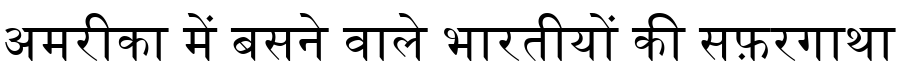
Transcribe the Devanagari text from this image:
अमरीका में बसने वाले भारतीयों की सफ़रगाथा